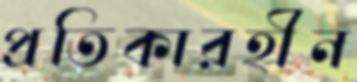
প্রতিকারহীন